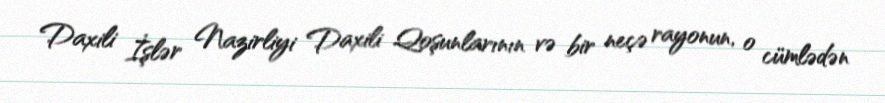
Daxili İşlər Nazirliyi Daxili Qoşunlarının və bir neçə rayonun, o cümlədən